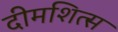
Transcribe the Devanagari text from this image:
दीमशित्स